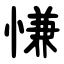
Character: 慊